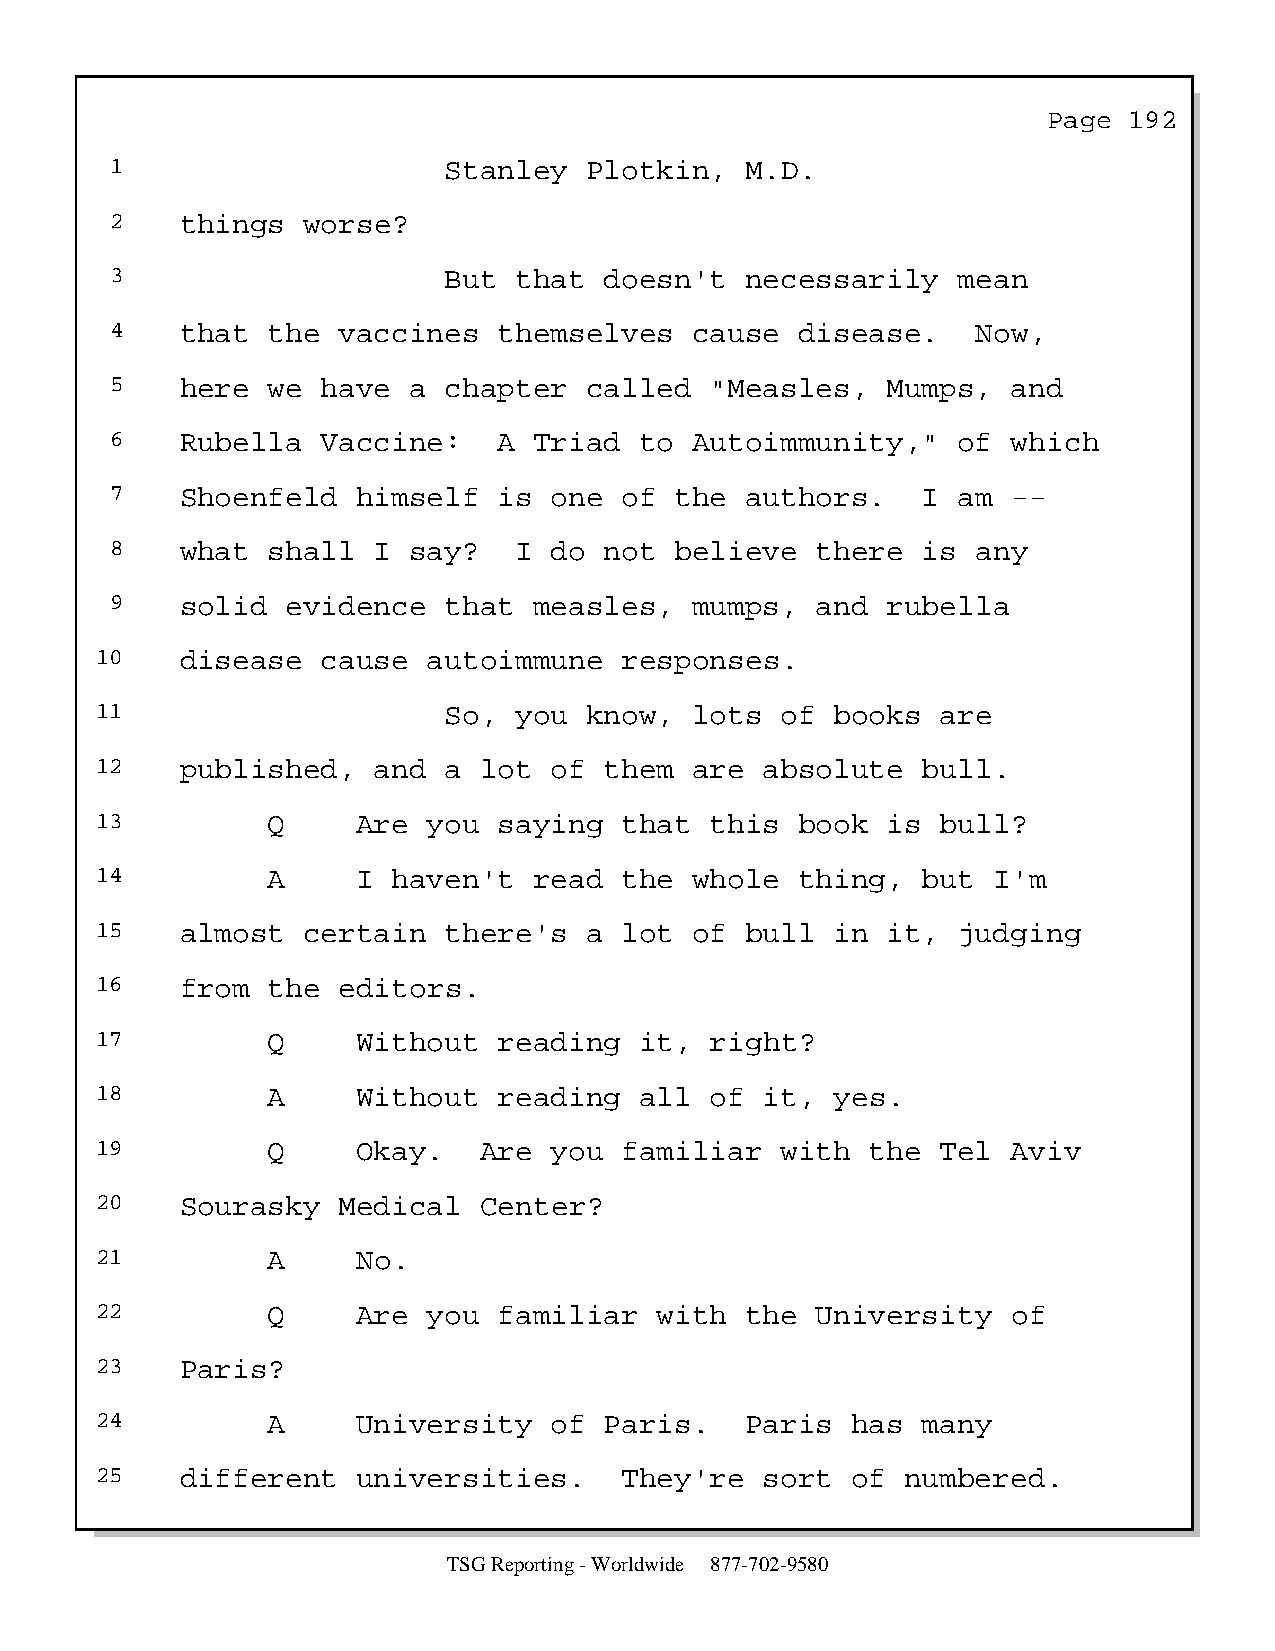
Page  192
 1                     Stanley   Plotkin,  M.D.
 2    things  worse?
 3                     But  that  doesn't  necessarily   mean
 4    that  the vaccines   themselves   cause  disease.    Now,
 5    here  we have  a chapter   called  "Measles,   Mumps,  and
 6    Rubella  Vaccine:    A Triad  to  Autoimmunity,"   of  which
 7    Shoenfeld   himself  is one  of  the authors.    I am  --
 8    what  shall  I say?   I do  not  believe  there  is  any
 9    solid  evidence  that  measles,   mumps,  and  rubella
 10    disease  cause  autoimmune   responses.
 11                     So,  you  know,  lots  of books  are
 12    published,   and a  lot of  them  are  absolute  bull.
 13          Q     Are you  saying  that  this  book  is bull?
 14          A     I haven't  read  the  whole  thing,  but  I'm
 15    almost  certain  there's   a lot  of bull  in  it, judging
 16    from  the editors.
 17          Q     Without  reading  it,  right?
 18          A     Without  reading  all  of  it, yes.
 19          Q     Okay.   Are you  familiar   with  the Tel  Aviv
 20    Sourasky  Medical   Center?
 21          A     No.
 22          Q     Are you  familiar   with the  University   of
 23    Paris?
 24          A     University  of  Paris.   Paris  has  many
 25    different   universities.    They're   sort of  numbered.
 TSG Reporting - Worldwide 877-702-9580